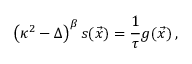
\left( \kappa ^ { 2 } - \Delta \right) ^ { \beta } s ( \vec { x } ) = \frac { 1 } { \tau } g ( \vec { x } ) \, ,